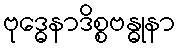
ဗုဒ္ဓေနာဒိစ္စဗန္ဓုနာ